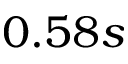
0 . 5 8 s